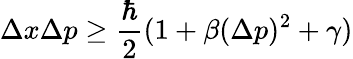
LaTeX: \Delta x\Delta p\ge\frac{\hbar}{2}(1+\beta(\Delta p)^{2}+\gamma)